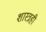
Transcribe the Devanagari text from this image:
शास्त्रही